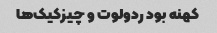
کهنه بود ردولوت و چیزکیک‌ها